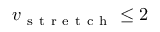
v _ { \mathrm { ~ s ~ t ~ r ~ e ~ t ~ c ~ h ~ } } \leq 2